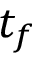
t _ { f }